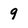
Character: 9